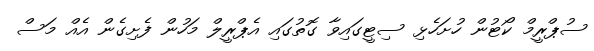
ސުޕްރީމް ކޯޓުން ހުށަހެޅި ސިޓީގައިވާ ގޮތުގައި އެޕްރީލް މަހުން ފެށިގެން އެއް މަސް